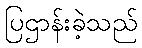
ပြဌာန်းခဲ့သည်